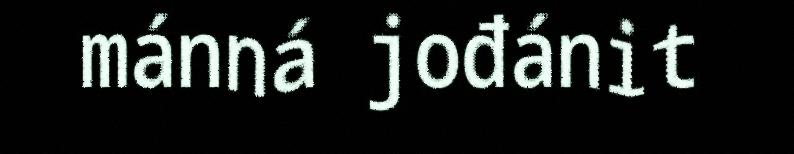
mánná jođánit